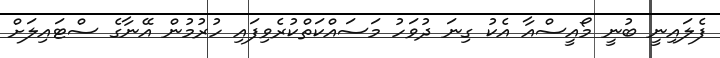
ފެލައިނީ ބުނީ މޯއީސްއާ އެކު ގިނަ ދުވަހު މަސައްކަތްކުރެވިފައި ހުރުމުން އޭނާގެ ސްޓައިލަށް